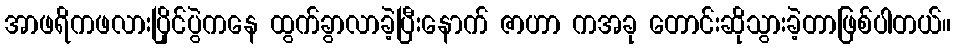
အာဖရိကဖလားပြိုင်ပွဲကနေ ထွက်ခွာလာခဲ့ပြီးနောက် ဇာဟာ ကအခု တောင်းဆိုသွားခဲ့တာဖြစ်ပါတယ်။